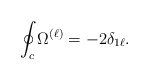
\begin{align*}\oint_{c}\Omega^{(\ell)}=-2\delta_{1 \ell}.\end{align*}